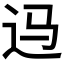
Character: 𲅎